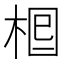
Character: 𣒪